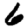
Digit: 6